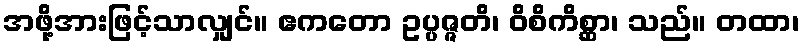
အဖို့အားဖြင့်သာလျှင်။ ဧကတော ဥပ္ပဇ္ဇတိ၊ ဝိစိကိစ္ဆာ၊ သည်။ တထာ၊